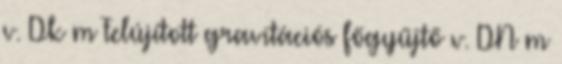
v. Dk m Felújított gravitációs főgyűjtő v. DN m